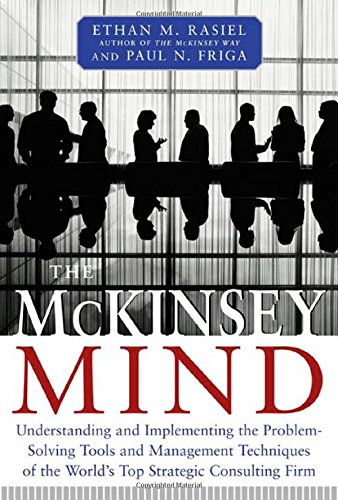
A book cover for The McKinsey Mind: Understanding and Implementing the Problem-Solving Tools and Management Techniques of the World's Top Strategic Consulting Firm; Ethan Rasiel; Business & Money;